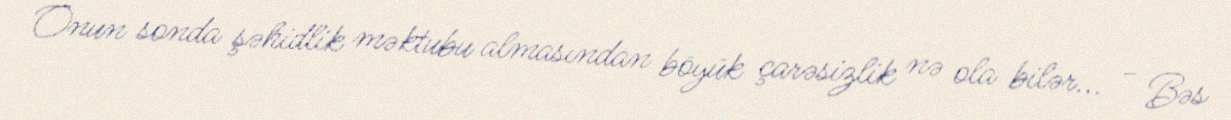
Onun sonda şəhidlik məktubu almasından böyük çarəsizlik nə ola bilər... - Bəs